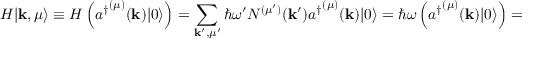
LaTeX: H | \mathbf { k } , \mu \rangle \equiv H \left( { a ^ { \dagger } } ^ { ( \mu ) } ( \mathbf { k } ) | 0 \rangle \right) = \sum _ { \mathbf { k ^ { \prime } } , \mu ^ { \prime } } \hbar \omega ^ { \prime } N ^ { ( \mu ^ { \prime } ) } ( \mathbf { k } ^ { \prime } ) { a ^ { \dagger } } ^ { ( \mu ) } ( \mathbf { k } ) | 0 \rangle = \hbar \omega \left( { a ^ { \dagger } } ^ { ( \mu ) } ( \mathbf { k } ) | 0 \rangle \right) = \hbar \omega | \mathbf { k } , \mu \rangle .